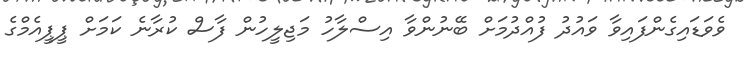
ވެވަޑައިގެންފައިވާ ވައުދު ފުއްދުމަށް ބޭނުންވާ އިސްލާހު މަޖިލީހުން ފާސް ކުރާނެ ކަމަށް ޕީޕީއެމްގެ